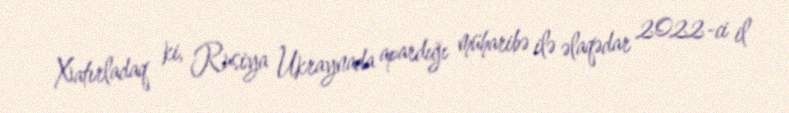
Xatırladaq ki, Rusiya Ukraynada apardığı müharibə ilə əlaqədar 2022-ci il